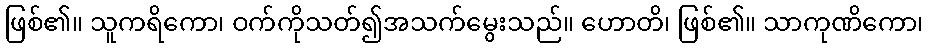
ဖြစ်၏။ သူကရိကော၊ ဝက်ကိုသတ်၍အသက်မွေးသည်။ ဟောတိ၊ ဖြစ်၏။ သာကုဏိကော၊